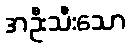
အဦးသီးသော